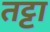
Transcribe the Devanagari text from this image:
तट्टा